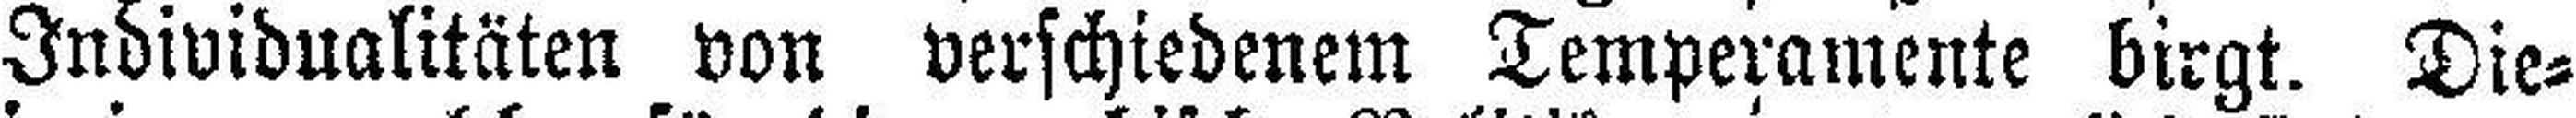
Individualitäten von verschiedenem Temperamente birgt. Die¬